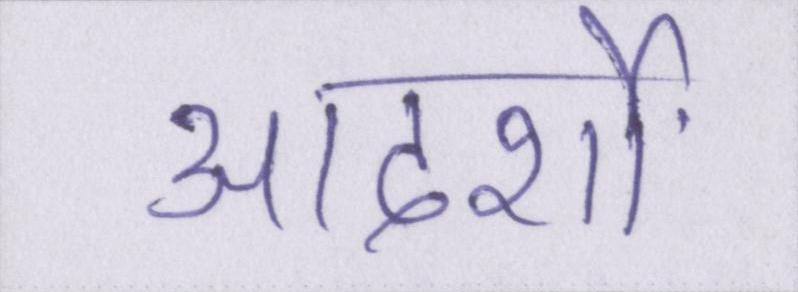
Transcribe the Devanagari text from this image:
आदर्शों